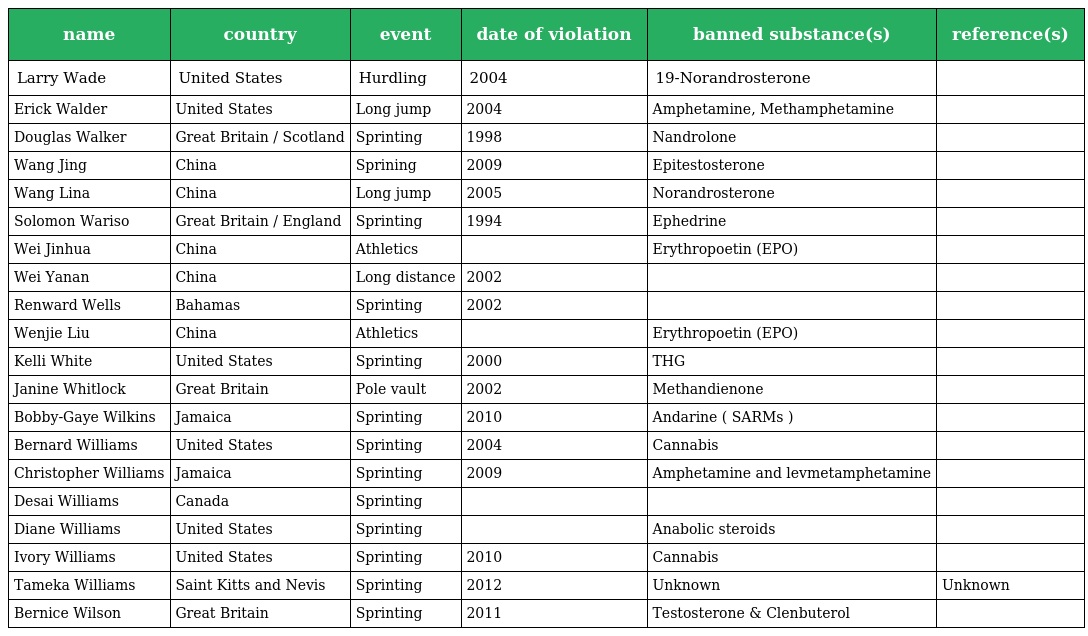
| name | country | event | date of violation | banned substance(s) | reference(s) |
 | --- | --- | --- | --- | --- | --- |
 | Larry Wade | United States | Hurdling | 2004 | 19-Norandrosterone |  |
 | Erick Walder | United States | Long jump | 2004 | Amphetamine, Methamphetamine |  |
 | Douglas Walker | Great Britain / Scotland | Sprinting | 1998 | Nandrolone |  |
 | Wang Jing | China | Sprining | 2009 | Epitestosterone |  |
 | Wang Lina | China | Long jump | 2005 | Norandrosterone |  |
 | Solomon Wariso | Great Britain / England | Sprinting | 1994 | Ephedrine |  |
 | Wei Jinhua | China | Athletics |  | Erythropoetin (EPO) |  |
 | Wei Yanan | China | Long distance | 2002 |  |  |
 | Renward Wells | Bahamas | Sprinting | 2002 |  |  |
 | Wenjie Liu | China | Athletics |  | Erythropoetin (EPO) |  |
 | Kelli White | United States | Sprinting | 2000 | THG |  |
 | Janine Whitlock | Great Britain | Pole vault | 2002 | Methandienone |  |
 | Bobby-Gaye Wilkins | Jamaica | Sprinting | 2010 | Andarine ( SARMs ) |  |
 | Bernard Williams | United States | Sprinting | 2004 | Cannabis |  |
 | Christopher Williams | Jamaica | Sprinting | 2009 | Amphetamine and levmetamphetamine |  |
 | Desai Williams | Canada | Sprinting |  |  |  |
 | Diane Williams | United States | Sprinting |  | Anabolic steroids |  |
 | Ivory Williams | United States | Sprinting | 2010 | Cannabis |  |
 | Tameka Williams | Saint Kitts and Nevis | Sprinting | 2012 | Unknown | Unknown |
 | Bernice Wilson | Great Britain | Sprinting | 2011 | Testosterone & Clenbuterol |  |